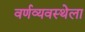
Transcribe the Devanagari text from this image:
वर्णव्यवस्थेला